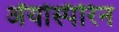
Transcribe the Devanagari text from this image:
ॲयस्पिरिन